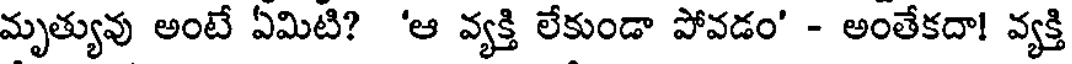
మృత్యువు అంటే ఏమిటి? 'ఆ వ్యక్తి లేకుండా పోవడం' - అంతేకదా! వ్యక్తి